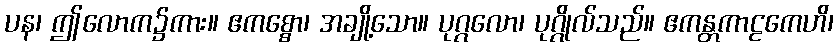
ပန၊ ဤလောက၌ကား။ ဧကစ္စော၊ အချို့သော။ ပုဂ္ဂလော၊ ပုဂ္ဂိုလ်သည်။ ဧကန္တကာဠကေဟိ၊